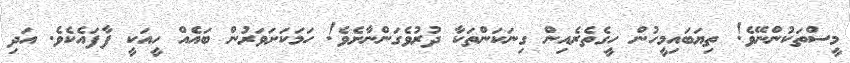
މީސްތަކުންނޭވެ! ތިޔަބައިމީހުން ހީގެތެރެއިން ގިނަކަންތަކާ ދުރުވެގަންނާށެވެ! ހަމަކަށަވަރުން ބައެއް ހީއަކީ ފާފައެކެވެ. އަދި